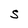
Character: S